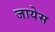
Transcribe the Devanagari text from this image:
जायेस